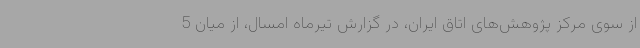
از سوی مرکز پژوهش‌های اتاق ایران، در گزارش تیرماه امسال، از میان 5